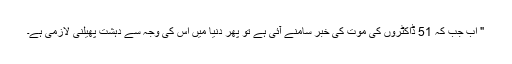
" اب جب کہ 51 ڈاکٹروں کی موت کی خبر سامنے آئی ہے تو پھر دنیا میں اس کی وجہ سے دہشت پھیلنی لازمی ہے۔